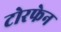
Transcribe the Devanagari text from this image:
टोरफेन